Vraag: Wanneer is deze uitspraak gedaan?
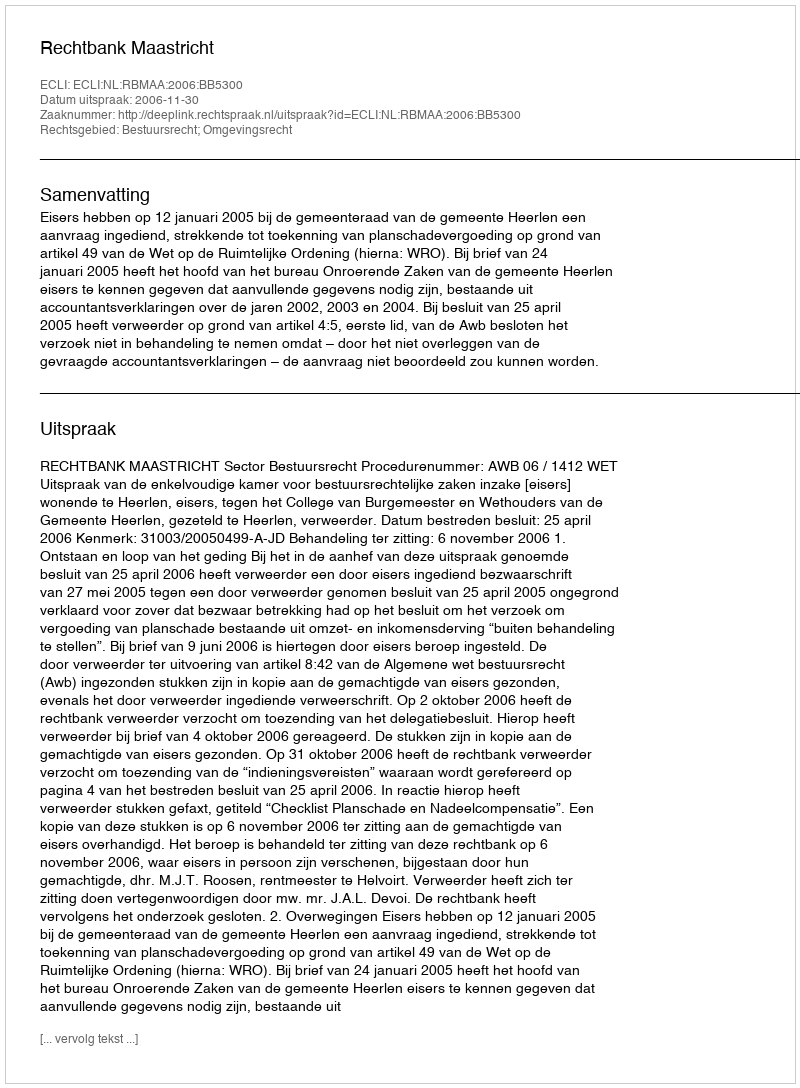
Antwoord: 2006-11-30